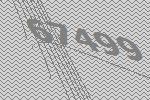
67499